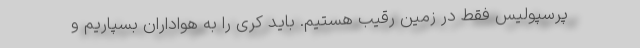
پرسپولیس فقط در زمین رقیب هستیم. باید کری را به هواداران بسپاریم و